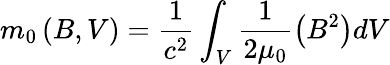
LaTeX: m_{0}\left(B,V\right)=\frac{1}{c^{2}}\int_{V}\frac{1}{2\mu_{0}}\left(B^{2}\right)dV